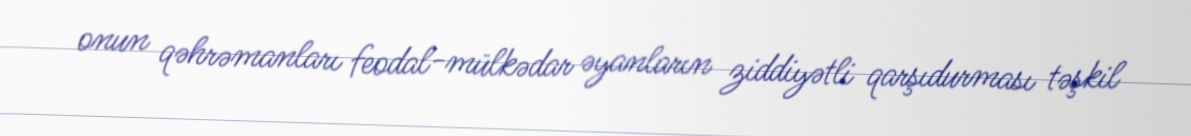
onun qəhrəmanları feodal-mülkədar əyanların ziddiyətli qarşıdurması təşkil